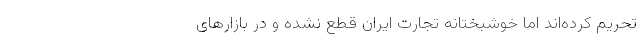
تحریم‌ کرده‌اند اما خوشبختانه تجارت ایران قطع نشده و در بازارهای